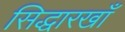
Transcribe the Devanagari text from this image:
सिद्धारखाँ